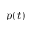
p ( t )